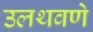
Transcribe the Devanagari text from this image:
उलथवणे